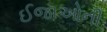
ઈજાઓની